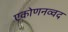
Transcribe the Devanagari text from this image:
एकोणनव्वद